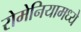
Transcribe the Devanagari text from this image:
रोमेनियामध्ये